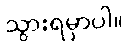
သွားရမှာပါ။